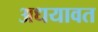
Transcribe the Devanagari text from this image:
अधयावत